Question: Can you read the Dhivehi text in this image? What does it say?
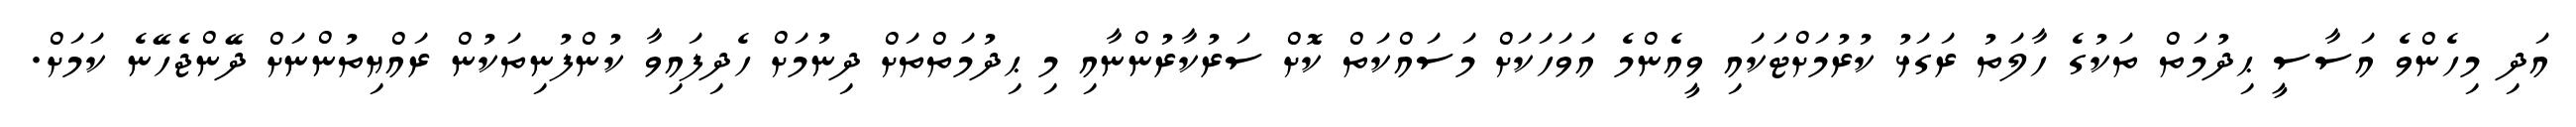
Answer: އަދި މިހެންވެ އަސާސީ ޙިދުމަތް ތަކުގެ ހާލަތު ރަގަޅު ކުރުމަށްޓަކައި ވީއެންމެ އަވަހަކަށް މަސައްކަތް ކޮށް ސަރުކާރުންނާއި މި ޙިދުމަތްތަށް ދިނުމަށް ހެދިފައިވާ ކުންފުނިތަކުން ރައްޔިތުންނަށް ދޭންޖެހޭނެ ކަމަށް.